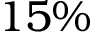
1 5 \%